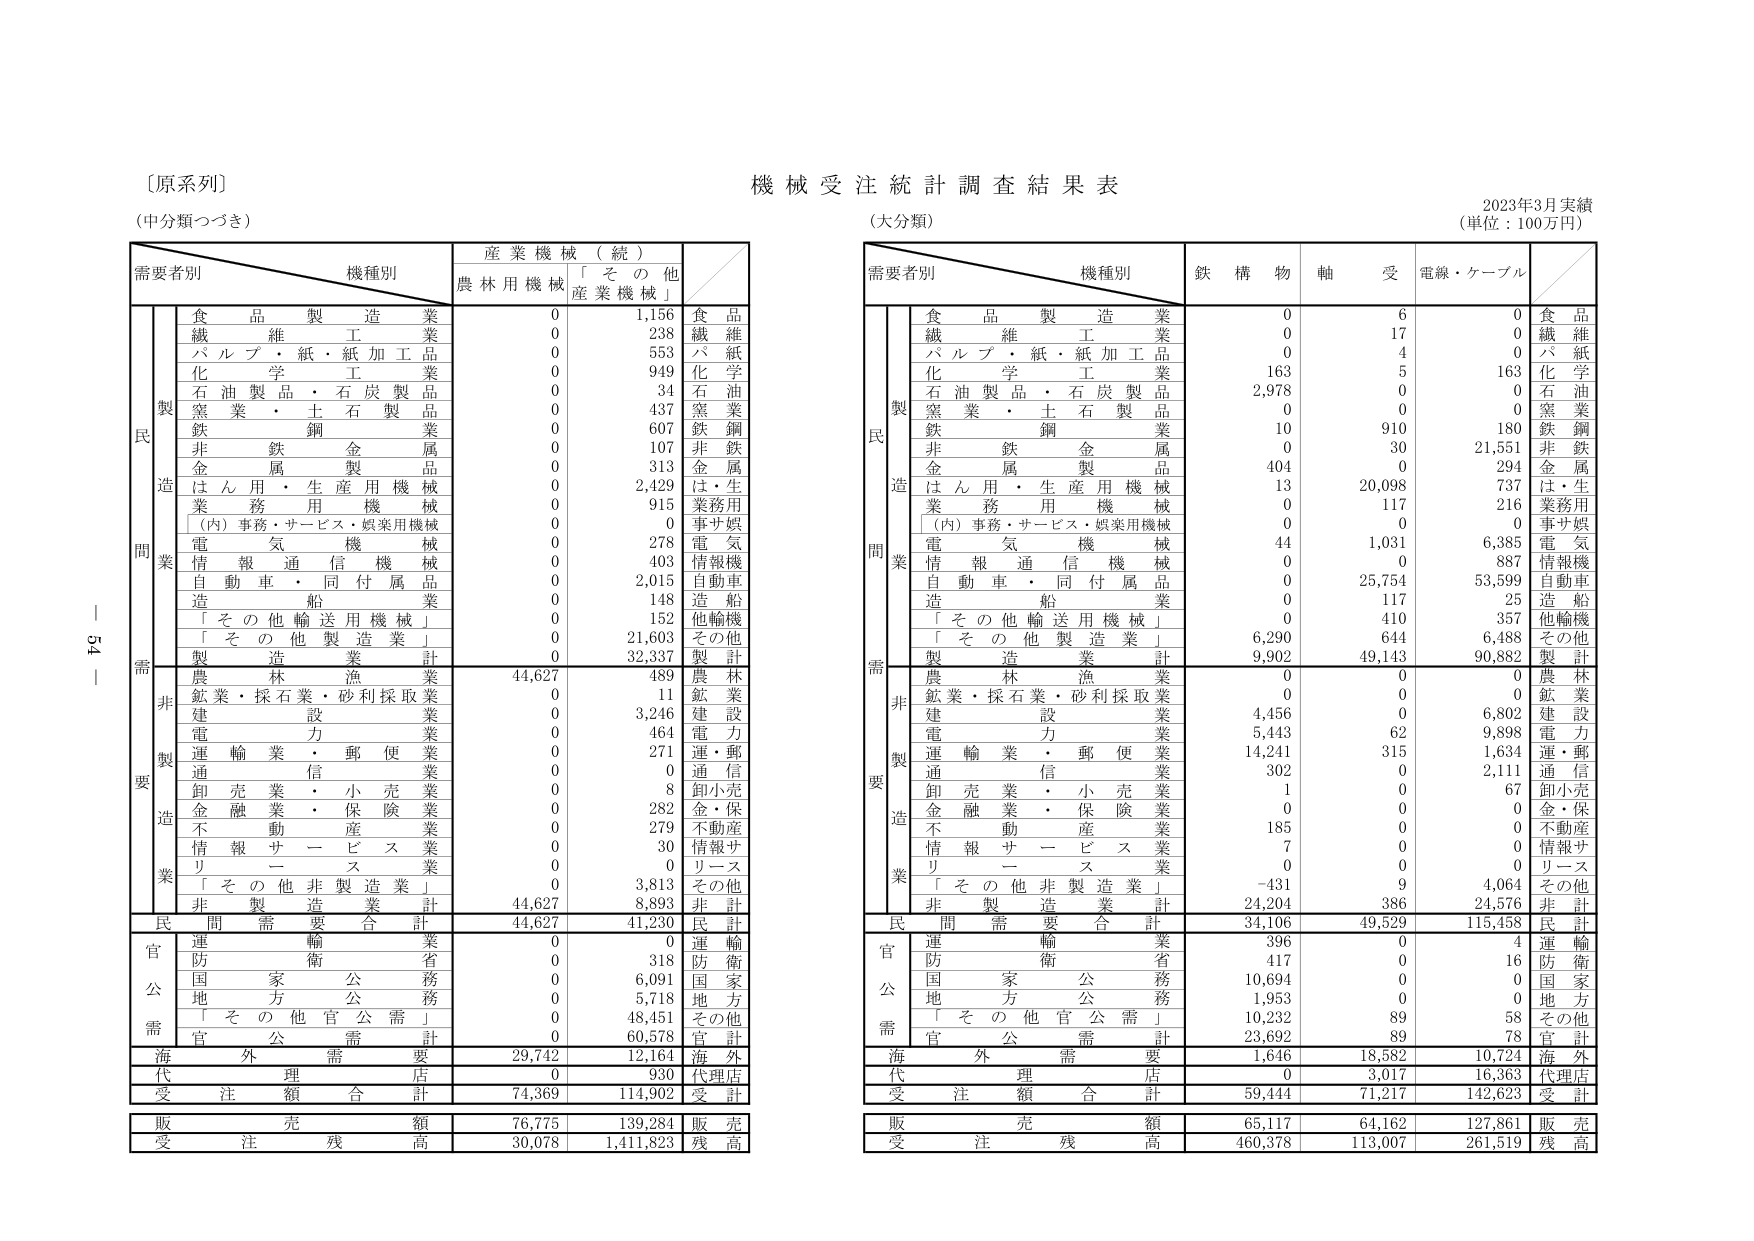
[原系列]
(中分類つづき)

需要者別　機種別　産業機械（続）
　　　　　　　　　農林用機械　「その他産業機械」

　　　　食品製造業　　　　　　0　　　1,156
　　　　繊維工業　　　　　　　0　　　　238
　　　　パルプ・紙・紙加工品　　　0　　　553
　　　　化学工業　　　　　　　　0　　　949
　　　　石油製品・石炭製品　　　0　　　　34
　　　　窯業・土石製品　　　　　0　　　437
　　　　鉄鋼業　　　　　　　　　0　　　607
　　　　非鉄金属業　　　　　　　0　　　107
　　　　金属製品業　　　　　　　0　　　313
　　　　はん用・生産用機械　　　0　　　2,429
　　　　業務用機械　　　　　　　0　　　915
　　　　（内）事務・サービス・娯楽用機械　0　　　0
　　　　電気機械　　　　　　　　0　　　278
　　　　情報通信機械　　　　　　0　　　403
　　　　自動車・同付属品　　　　0　　　2,015
　　　　造船業　　　　　　　　　0　　　148
　　　　「その他輸送用機械」　　0　　　152
　　　　「その他製造業」　　　　0　　　21,603
　　　　製造業計　　　　　　　　0　　　32,337

　　　　農林漁業　　　　　　　44,627　　　489
　　　　鉱業・採石業・砂利採取業　0　　　　11
　　　　建設業　　　　　　　　　0　　　3,246
　　　　電力業　　　　　　　　　0　　　464
　　　　運輸業・郵便業　　　　　0　　　271
　　　　通信業　　　　　　　　　0　　　　0
　　　　卸売業・小売業　　　　　0　　　　8
　　　　金融業・保険業　　　　　0　　　282
　　　　不動産業　　　　　　　　0　　　279
　　　　情報サービス業　　　　　0　　　30
　　　　リース業　　　　　　　　0　　　　0
　　　　「その他非製造業」　　　0　　　3,813
　　　　非製造業計　　　　　　44,627　　　8,893

　　　　民間需要合計　　　　　44,627　　　41,230

　　　　運輸業　　　　　　　　　0　　　　0
　　　　防衛省　　　　　　　　　0　　　318
　　　　国家公務　　　　　　　　0　　　6,091
　　　　地方公務　　　　　　　　0　　　5,718
　　　　「その他官公需」　　　　0　　　48,451
　　　　官公需計　　　　　　　　0　　　60,578

　　　　海外需要　　　　　　　29,742　　　12,164
　　　　代理店　　　　　　　　　0　　　930
　　　　受注額合計　　　　　　74,369　　　114,902

　　　　販売額　　　　　　　　76,775　　　139,284
　　　　受注残高　　　　　　　30,078　　　1,411,823

機械受注統計調査結果表
(大分類)
2023年3月実績
(単位：100万円)

需要者別　機種別　鉄構物　軸受　電線・ケーブル

　　　　食品製造業　　　　　　0　　　6　　　0
　　　　繊維工業　　　　　　　0　　　17　　　0
　　　　パルプ・紙・紙加工品　0　　　4　　　0
　　　　化学工業　　　　　　　163　　　5　　　163
　　　　石油製品・石炭製品　2,978　　　0　　　0
　　　　窯業・土石製品　　　　　0　　　0　　　0
　　　　鉄鋼業　　　　　　　　10　　　910　　　180
　　　　非鉄金属業　　　　　　　0　　　30　　　21,551
　　　　金属製品業　　　　　404　　　0　　　294
　　　　はん用・生産用機械　　13　　　20,098　　　737
　　　　業務用機械　　　　　　0　　　117　　　216
　　　　（内）事務・サービス・娯楽用機械　0　　　0　　　0
　　　　電気機械　　　　　　　44　　　1,031　　　6,385
　　　　情報通信機械　　　　　0　　　0　　　887
　　　　自動車・同付属品　　　0　　　25,754　　　53,599
　　　　造船業　　　　　　　　　0　　　117　　　25
　　　　「その他輸送用機械」　0　　　410　　　357
　　　　「その他製造業」　　　6,290　　　644　　　6,488
　　　　製造業計　　　　　　9,902　　　49,143　　　90,882

　　　　農林漁業　　　　　　　0　　　0　　　0
　　　　鉱業・採石業・砂利採取業　0　　　0　　　0
　　　　建設業　　　　　　　4,456　　　0　　　6,802
　　　　電力業　　　　　　　5,443　　　62　　　9,898
　　　　運輸業・郵便業　　　14,241　　　315　　　1,634
　　　　通信業　　　　　　　302　　　0　　　2,111
　　　　卸売業・小売業　　　　1　　　0　　　67
　　　　金融業・保険業　　　　0　　　0　　　0
　　　　不動産業　　　　　　　185　　　0　　　0
　　　　情報サービス業　　　　7　　　0　　　0
　　　　リース業　　　　　　　0　　　0　　　0
　　　　「その他非製造業」　　-431　　　9　　　4,064
　　　　非製造業計　　　　　24,204　　　386　　　24,576

　　　　民間需要合計　　　　　34,106　　　49,529　　　115,458

　　　　運輸業　　　　　　　396　　　0　　　4
　　　　防衛省　　　　　　　417　　　0　　　16
　　　　国家公務　　　　　　10,694　　　0　　　0
　　　　地方公務　　　　　　1,953　　　0　　　0
　　　　「その他官公需」　　10,232　　　89　　　58
　　　　官公需計　　　　　　23,692　　　89　　　78

　　　　海外需要　　　　　　1,646　　　18,582　　　10,724
　　　　代理店　　　　　　　0　　　3,017　　　16,363
　　　　受注額合計　　　　　59,444　　　71,217　　　142,623

　　　　販売額　　　　　　　65,117　　　64,162　　　127,861
　　　　受注残高　　　　　　460,378　　　113,007　　　261,519